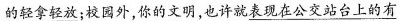
\underline{的轻拿轻放}；校园外，你的文明，也许就\underline{表现在公交站台上的有}